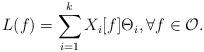
LaTeX: \begin{align*} L(f)=\sum_{i=1}^kX_i[f]\Theta_i,\forall f\in\mathcal{O}.\end{align*}